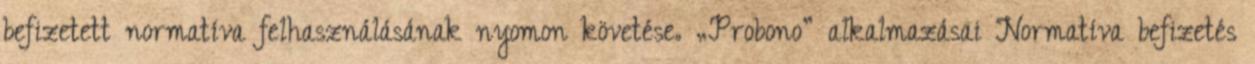
befizetett normatíva felhasználásának nyomon követése. „Probono” alkalmazásai Normatíva befizetés